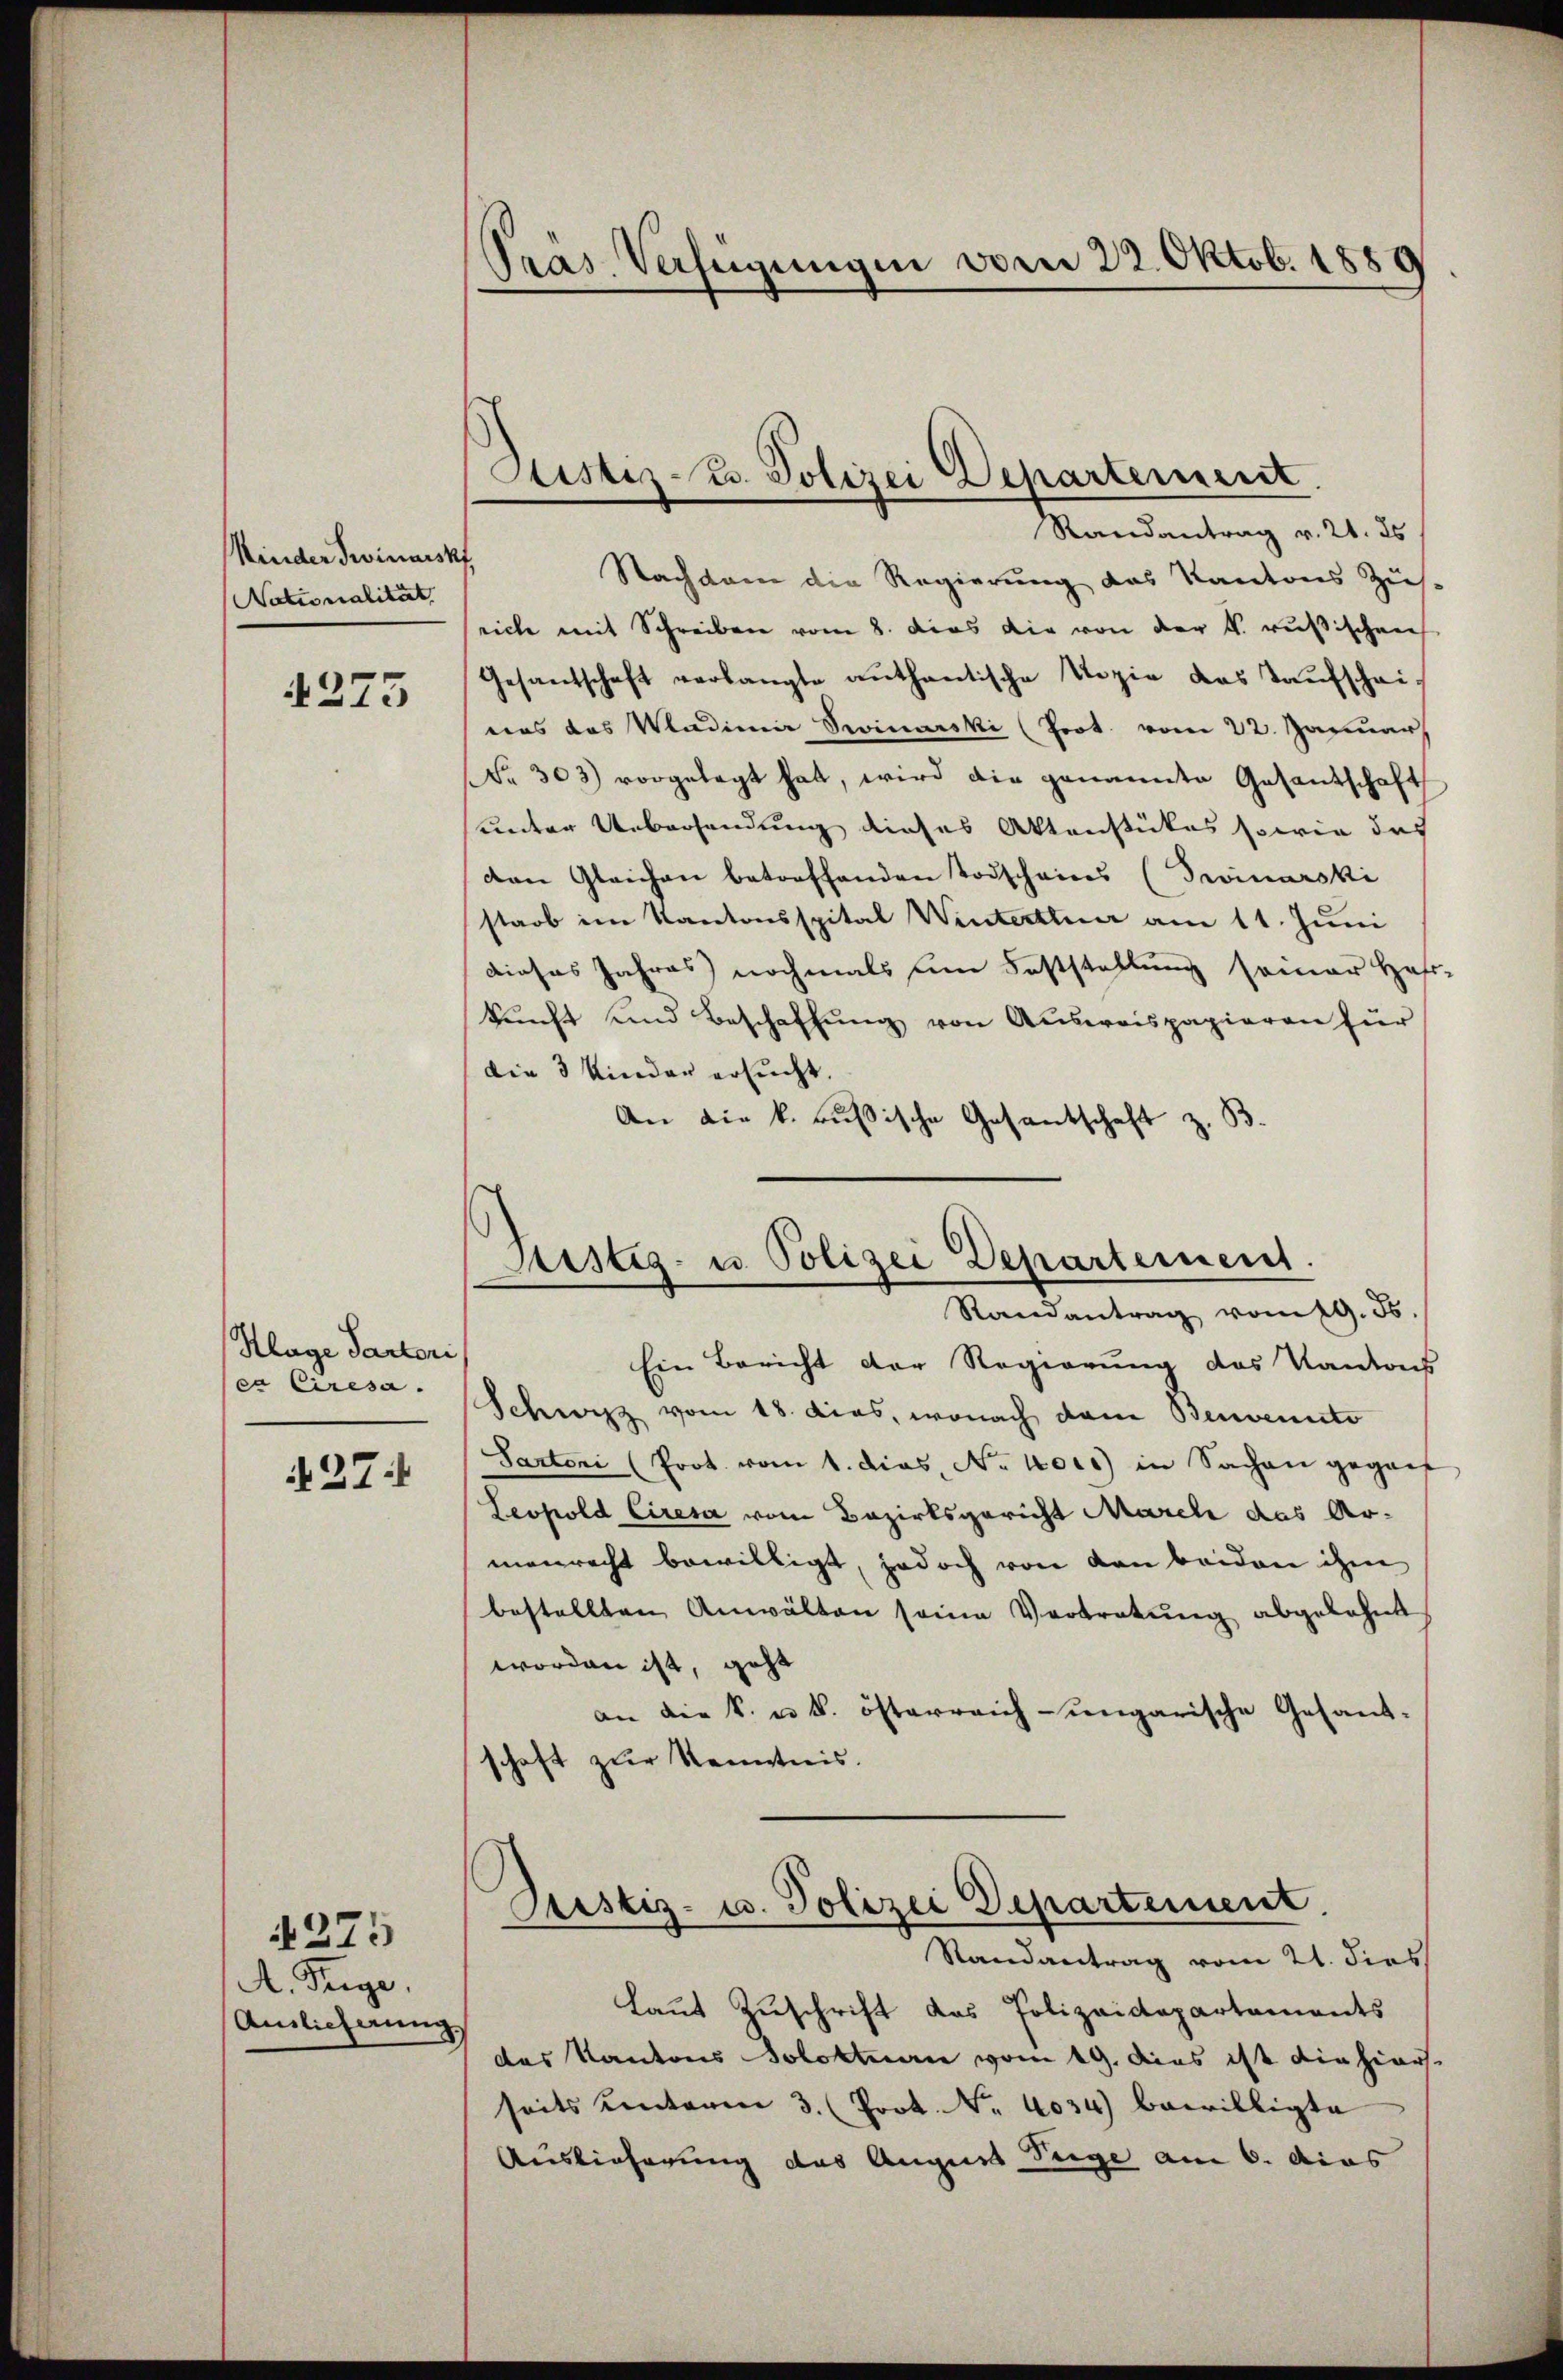
Kinderswindiskf
Nationalität.

4275

Klage Partori
ca Ciresa.

27:

A. Teige,
Auslieferung

4275

Pras. Verfügungen vom 22. Oktob. 1889

Sistiz-Z. Polizei Departement.
Randantrag v. 21. Es

Nachdem die Regierung des Kantons Zis-
rich mit Schreiben vom 8. dies die von der k. russischen
Gesandschaft verlangte anthantische Kopie das Kaufschei-
was das Vadimir Seinarski (Prot. vom 22. Januar
Nr. 303) vorgelegt hat, wird die genannte Gesantschaft
unter Uebersendung dieses Aktenstückes sowie das
den Gleichen betreffenden Todscheins (Proinarski
starb im Kantonsspital Winterthur am 11. Juni
dieses Jahres nochmals um Feststellung seiner Haft-
kunft und Beschaffŭng von Ausweispapieren für
Die 3 Kinder ersucht.
An die k. russische Gesandschaft z. B.

Justiz- u. Polizei Departement.
Randantrag vom 19. ds.

Ein Bericht der Regierung des Kantons
Schwyz vom 18. das, wonach dann Benennte
Sartoni (Prot. vom 1. dies, No. 4000 in Sachen geganf
Leopold Ciresa vom Bezirksgericht March das Ar-
menrecht bewilligt, jedoch von den beiden ihm
bestellten Anwalten seine Vertretung abgelehnt
worden ist, geht
an die k. u. k. österreich-ungarische Gesandschaft zur Kenntnis.
Justiz- u. Polizei Departement.
Randantrag vom 21. dies
laut Zuschrift das Polizeidepartements
das Kantons Solotten vom 19. dies ist die hiers.
seits unterm 3. (Prot. Nr. 4034) bewilligte
Auslieferung des Augues Tage am 6. dies